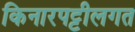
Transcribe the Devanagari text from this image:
किनारपट्टीलगत